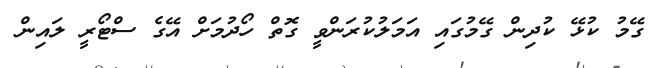
ގޭމު ކުޅޭ ކުދިން ގޭމުގައި އަމަލުކުރަންވީ ގޮތް ހޯދުމަށް އޭގެ ސްޓޯރީ ލައިން